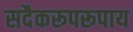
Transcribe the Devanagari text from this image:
सदैकरूपरूपाय